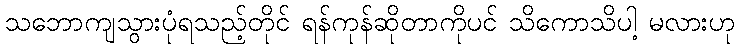
သဘောကျသွားပုံရသည့်တိုင် ရန်ကုန်ဆိုတာကိုပင် သိကောသိပါ့ မလားဟု